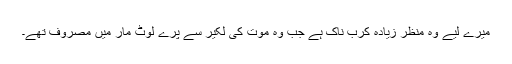
میرے لیے وہ منظر زیادہ کرب ناک ہے جب وہ موت کی لکیر سے پرے لوٹ مار میں مصروف تھے۔